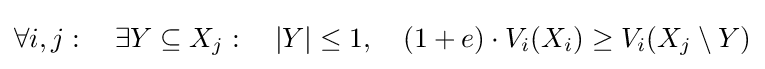
\forall i,j:~~~\exists Y\subseteq X_{j}:~~~|Y|\leq 1,~~~(1+e)\cdot V_{i}(X_{i})\geq V_{i}(X_{j}\setminus Y)